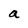
Character: a